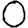
Digit: 0